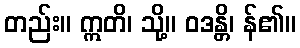
တည်း။ ဣတိ၊ သို့။ ဝဒန္တိ၊ န်၏။